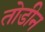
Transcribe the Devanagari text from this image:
तोडीन